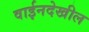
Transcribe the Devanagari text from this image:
वाईनदेखील